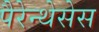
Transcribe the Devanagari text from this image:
पैरेन्थेसेस